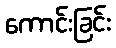
ကောင်းခြင်း